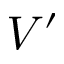
V ^ { \prime }